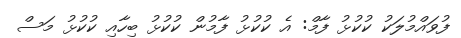
ފުވައްމުލަކު ކުކުޅު ފާމް: އެ ކުކުޅު ފާމުން ކުކުޅު ބިހާއި ކުކުޅު މަސް